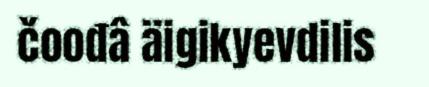
čoođâ äigikyevdilis